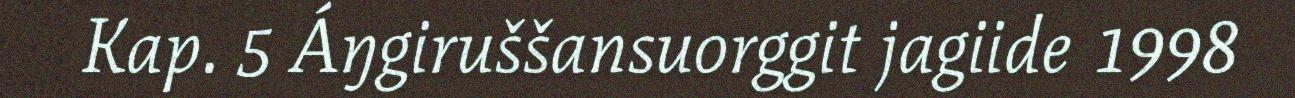
Kap. 5 Áŋgiruššansuorggit jagiide 1998